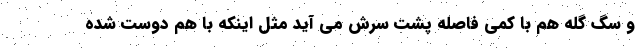
و سگ گله هم با کمی فاصله پشت سرش می آید مثل اینکه با هم دوست شده